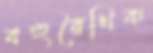
বহুরৈখিক